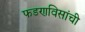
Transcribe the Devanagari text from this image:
फडणविसांची